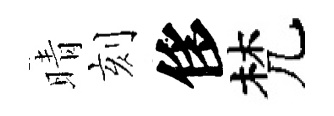
晴刻侈梵